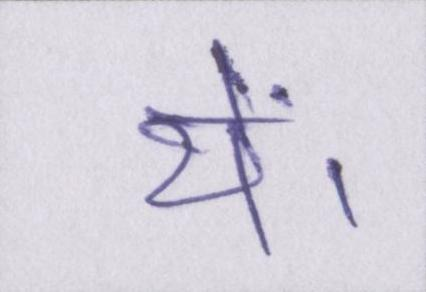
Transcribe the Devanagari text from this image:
थें।